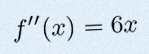
f''(x)=6x